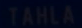
TAHLA